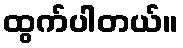
ထွက်ပါတယ်။